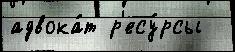
адвока́т р'есу́рсы